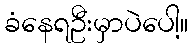
ခံနေရဦးမှာပဲပေါ့။